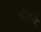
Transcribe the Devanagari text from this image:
बोहागी